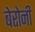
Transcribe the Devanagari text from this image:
बेरोनी